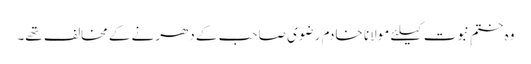
وہ ختمِ نبوت کیلئے مولانا خادم رضوی صاحب کے دھرنے کے مخالف تھے۔